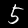
Digit: 5